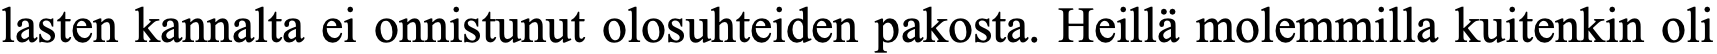
lasten kannalta ei onnistunut olosuhteiden pakosta. Heillä molemmilla kuitenkin oli